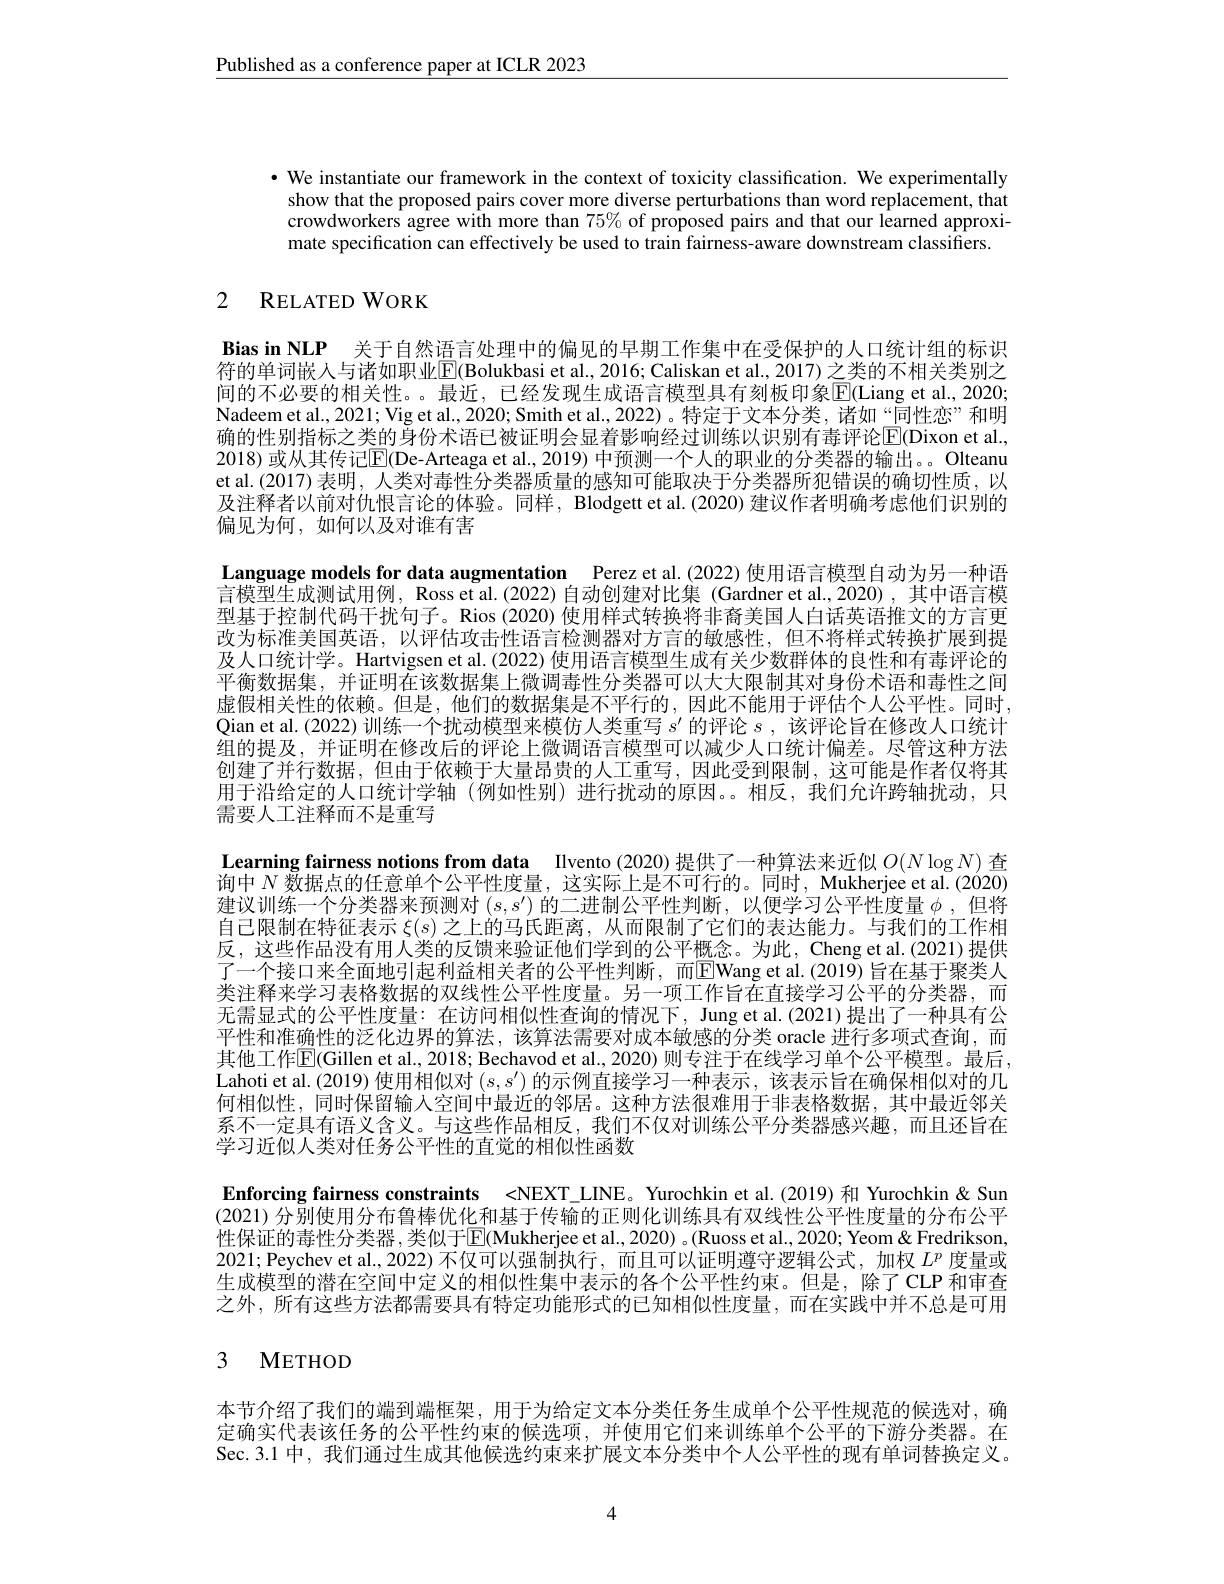
Published as a conference paper at ICLR 2023

· We instantiate our framework in the context of toxicity classification. We experimentally
show that the proposed pairs cover more diverse perturbations than word replacement, that crowdworkers agree with more than $75\%$ of proposed pairs and that our learned approximate specification can effectively be used to train fairness-aware downstream classifiers.

# 2 RELATED WORK

Bias in NLP 关于自然语言处理中的偏见的早期工作集中在受保护的人口统计组的标识符的单词嵌人与诸如职业$\underline{\mathrm{E}}$(Bolukbasi et al., 2016; Caliskan et al., 2017) 之类的不相关类别之间的不必要的相关性。。最近，已经发现生成语言模型具有刻板印象$\overline{\mathbb{E}}($Liang et al., 2020; Nadeem et al., 2021; Vig et al., 2020; Smith et al., 2022)。特定于文本分类，诸如“同性恋”和明确的性别指标之类的身份术语已被证明会显着影响经过训练以识别有毒评论$\boxed{\mathrm{E}}($Dixon et al. 2018) 或从其传记$\overline{\mathbb{E}}($De-Arteaga et al., 2019) 中预测一个人的职业的分类器的输出。。Olteanu et al.(2017) 表明，人类对毒性分类器质量的感知可能取决于分类器所犯错误的确切性质，以及注释者以前对仇恨言论的体验。同样，Blodgett et al. (2020) 建议作者明确考虑他们识别的偏见为何，如何以及对谁有害
Language models for data augmentation Perez et al.(2022) 使用语言模型自动为另一种语言模型生成测试用例，Ross et al.(2022)自动创建对比集 (Gardner et al.2020),其中语言模型基于控制代码干扰句子。Rios (2020) 使用样式转换将非裔美国人白话英语推文的方言更改为标准美国英语，以评估攻击性语言检测器对方言的敏感性，但不将样式转换扩展到提及人口统计学。Hartvigsen et al. (2022) 使用语言模型生成有关少数群体的良性和有毒评论的平衡数据集，并证明在该数据集上微调毒性分类器可以大大限制其对身份术语和毒性之间虚假相关性的依赖。但是，他们的数据集是不平行的，因此不能用于评估个人公平性。同时Qian et al. (2022) 训练一个扰动模型来模仿人类重写$s^\prime$的评论$s$,该评论旨在修改人口统计组的提及，并证明在修改后的评论上微调语言模型可以减少人口统计偏差。尽管这种方法创建了并行数据，但由于依赖于大量昂贵的人工重写，因此受到限制，这可能是作者仅将其用于沿给定的人口统计学轴(例如性别)进行扰动的原因。相反，我们允许跨轴扰动，只需要人工注释而不是重写
Learning fairness notions from data Ilvento (2020) 提供了一种算法来近似$O(N\log N)$查询中$\bar{N\text{数据点的任意单个公平性度量，这实际上是不可行的。同时，Mukherjee et al.(2020)}}$ 建议训练一个分类器来预测对$(s,s^\prime)$的二进制公平性判断，以便学习公平性度量$\phi$,但将自己限制在特征表示$\xi(s)$之上的马氏距离，从而限制了它们的表达能力。与我们的工作相反，这些作品没有用人类的反馈来验证他们学到的公平概念。为此，Cheng et al.(2021)提供了一个接口来全面地引起利益相关者的公平性判断，而$\underline{\mathrm{E}}$Wang et al.(2019)旨在基于聚类人类注释来学习表格数据的双线性公平性度量。另一项工作旨在直接学习公平的分类器，而无需显式的公平性度量：在访问相似性查询的情况下，Jung et al.(2021)提出了一种具有公平性和准确性的泛化边界的算法，该算法需要对成本敏感的分类 oracle 进行多项式查询，而其他工作$\mathbb{E}($Gillen et al., 2018; Bechavod et al., 2020) 则专注于在线学习单个公平模型。最后Lahoti et al. (2019) 使用相似对$(s,s^{\prime})$的示例直接学习一种表示，该表示旨在确保相似对的几何相似性，同时保留输入空间中最近的邻居。这种方法很难用于非表格数据，其中最近邻关系不一定具有语义含义。与这些作品相反，我们不仅对训练公平分类器感兴趣，而且还旨在学习近似人类对任务公平性的直觉的相似性函数
Enforcing fairness constraints <NEXT\_LINE。Yurochkin et al.(2019) 和 Yurochkin&Sun (2021) 分别使用分布鲁棒优化和基于传输的正则化训练具有双线性公平性度量的分布公平性保证的毒性分类器 ,类似于$\boxed{\mathrm{E}}($Mukherjee et al.,2020) 。(Ruoss et al.,2020; Yeom " Yeom & Fredrikson, 2021;Peychev et al., 2022)不仅可以强制执行，而且可以证明遵守逻辑公式，加权$L^p$度量或生成模型的潜在空间中定义的相似性集中表示的各个公平性约束。但是，除了CLP 和审查之外，所有这些方法都需要具有特定功能形式的已知相似性度量，而在实践中并不总是可用3 METHOD

本节介绍了我们的端到端框架，用于为给定文本分类任务生成单个公平性规范的候选对，确定确实代表该任务的公平性约束的候选项，并使用它们来训练单个公平的下游分类器。在Sec.3.1 中，我们通过生成其他候选约束来扩展文本分类中个人公平性的现有单词替换定义。

4